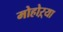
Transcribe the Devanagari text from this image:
मोहोऱ्या